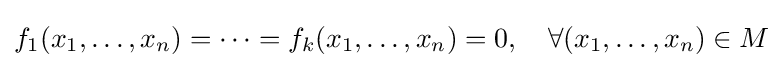
f_{1}(x_{1},\ldots ,x_{n})=\cdots =f_{k}(x_{1},\ldots ,x_{n})=0,\quad \forall (x_{1},\ldots ,x_{n})\in M